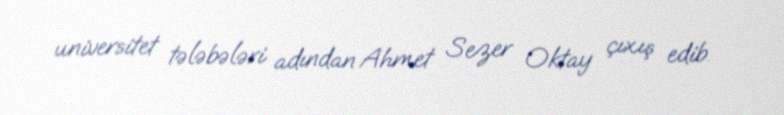
universitet tələbələri adından Ahmet Sezer Oktay çıxış edib.